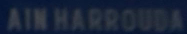
AIN HARROUDA